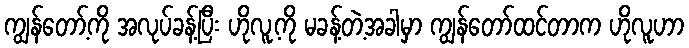
ကျွန်တော့်ကို အလုပ်ခန့်ပြီး ဟိုလူ့ကို မခန့်တဲ့အခါမှာ ကျွန်တော်ထင်တာက ဟိုလူဟာ